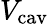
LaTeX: V_{\mathrm{cav}}